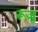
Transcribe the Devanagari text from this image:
रूज़ु